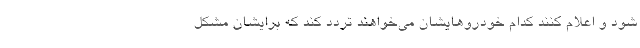
شود و اعلام کنند کدام خودروهایشان می‌خواهند تردد کند که برایشان مشکل